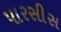
પારસીસ